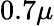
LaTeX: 0.7\mu